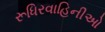
રૂધિરવાહિનીઓ